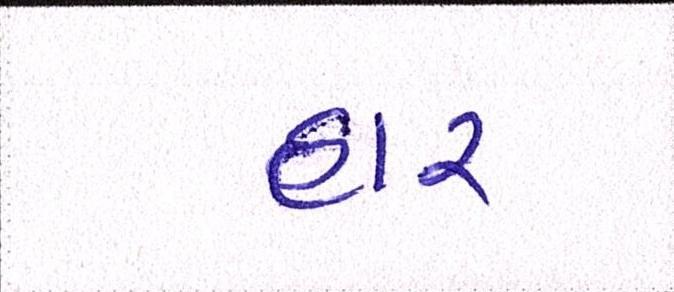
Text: હાર